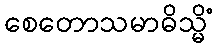
စေတောသမာဓိသ္မိံ